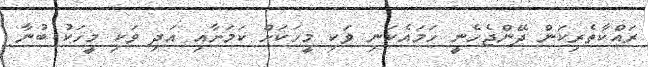
ރައްކާތެރިކަން ދޭންޖެހެނީ ހަމައެކަނި ވަކި މީހަކަށް ކަމަށާއި އަދި ވަކި މީހަކު ބުނާ